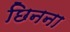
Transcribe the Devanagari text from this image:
छिनना